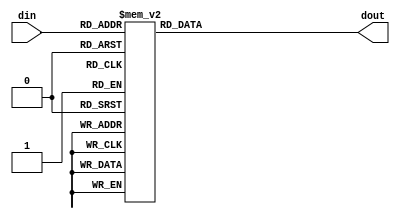
module seg7(
    input wire [3:0]din,
    output reg [6:0]dout
    );
 
    always@(*)
    case(din)
        4'h0:dout = 7'b000_0001;
        4'h1:dout = 7'b100_1111;
        4'h2:dout = 7'b001_0010;
        4'h3:dout = 7'b000_0110;
        4'h4:dout = 7'b100_1100;
        4'h5:dout = 7'b010_0100;
        4'h6:dout = 7'b010_0000;
        4'h7:dout = 7'b000_1111;
        4'h8:dout = 7'b000_0000;
        4'h9:dout = 7'b000_0100;
        4'ha:dout = 7'b000_1000;
        4'hb:dout = 7'b110_0000;
        4'hc:dout = 7'b011_0001;
        4'hd:dout = 7'b100_0010;
        4'he:dout = 7'b011_0000;
        4'hf:dout = 7'b011_1000;
        default:dout = 7'b111_1111;        
    endcase
    
endmodule

module display(
    input wire clk,reset,
    input wire [31:0]s,
    output wire [6:0]seg,
    output reg [7:0]ans
    );
    reg [20:0]count;
    reg [3:0]digit;

    seg7 seg7_1(digit,seg);
    
    always@(posedge clk,posedge reset)
    if(reset)  
        count <= 0;
    else 
        count <= count + 1;
    
    always @(posedge clk)
    case(count[20:18])
        0:begin
            ans <= 8'b11111110;
            digit <= s[3:0];
        end
        
        1:begin
            ans <= 8'b11111101;
            digit <= s[7:4];
        end

        2:begin
            ans <= 8'b11111011;
            digit <=s[11:8];
        end
        
        3:begin
            ans <= 8'b11110111;
            digit = s[15:12];
        end
        
         4:begin
             ans <= 8'b11101111;
             digit <= s[19:16];
         end
               
         5:begin
             ans <= 8'b11011111;
             digit <= s[23:20];
         end
       
         6:begin
             ans <= 8'b10111111;
             digit<= s[27:24];
         end
               
         7:begin
             ans <= 8'b01111111;
             digit <= s[31:28];
         end
    endcase
endmodule